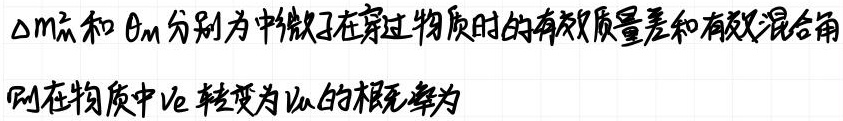
$\Delta m_{m}^{2}$和$\theta_{m}$分别为中微子在穿过物质时的有效质量差和有效混合角。
则在物质中$\nu_{e}$转变为$\nu_{\mu}$的概率为